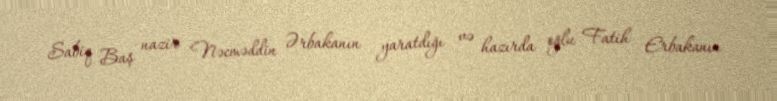
Sabiq Baş nazir Nəcməddin Ərbakanın yaratdığı və hazırda oğlu Fatih Erbakanın